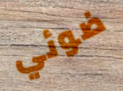
ضوئي